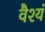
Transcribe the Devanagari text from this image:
वैश्यं